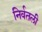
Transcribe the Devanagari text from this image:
निर्वतली